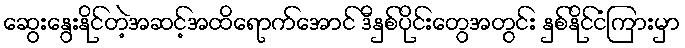
ဆွေးနွေးနိုင်တဲ့အဆင့်အထိရောက်အောင် ဒီနှစ်ပိုင်းတွေအတွင်း နှစ်နိုင်ငံကြားမှာ